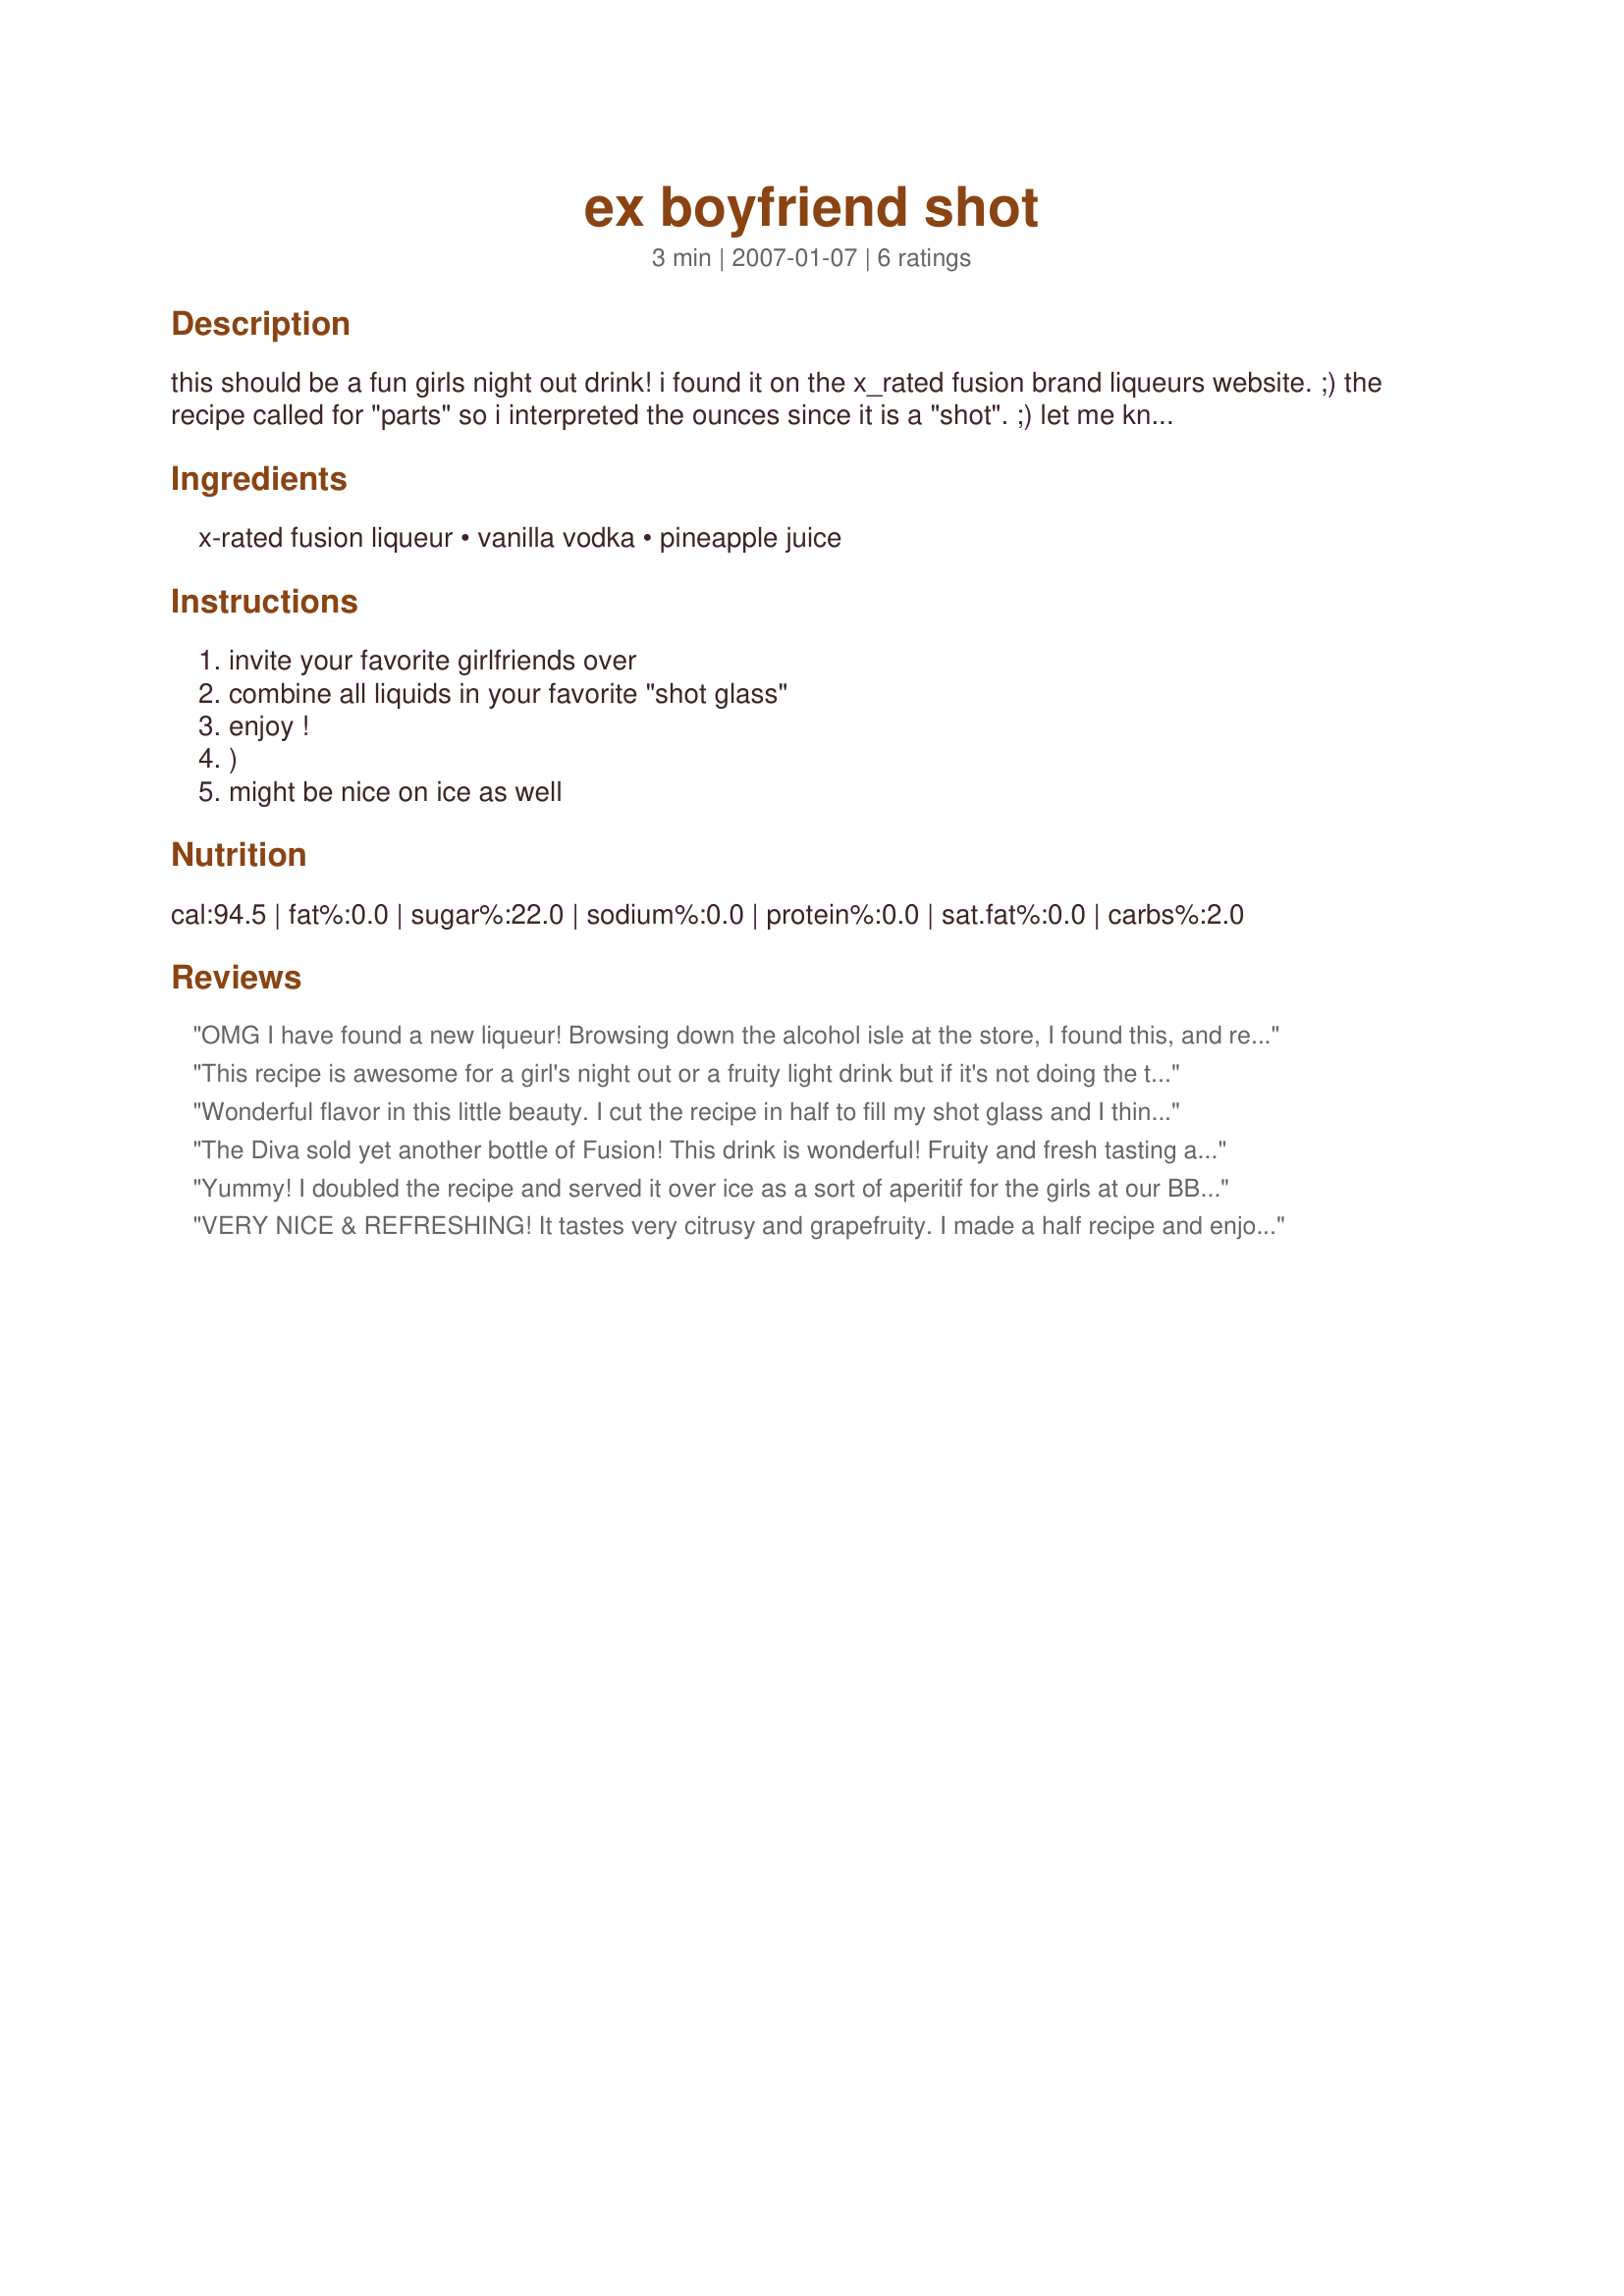
ex boyfriend shot
Preparation time: 3 minutes

this should be a fun girls night out drink! i found it on the x_rated fusion brand liqueurs website. ;) the recipe called for "parts" so i interpreted the ounces since it is a "shot". ;) let me know how it is if you try it before i do!! ***a twist on this from hamptons june 2006 calls this the "x-boyfriend martini" - 1.5 oz fusion and plain vodka in a shaker with the pineapple juice. serve with a twist of lime - lime garnish. sounds lovely too! ;) (***zwt3 - x-rated fusion is premium french vodka)

Ingredients:
x-rated fusion liqueur, vanilla vodka, pineapple juice

Steps:
invite your favorite girlfriends over
combine all liquids in your favorite "shot glass"
enjoy !
)
might be nice on ice as well

Reviews:
OMG I have found a new liqueur! Browsing down the alcohol isle at the store, I found this, and remembered you talking about it! I bought a bottle. and well let's just say it was REALLY good! I can't wait to share with my Friends. Thank you for sharing another great cocktail MommyD. Cheers ~V (i'd do this in person if we lived closer ;) Hugs. ~V
This recipe is awesome for a girl's night out or a fruity light drink but if it's not doing the trick you can go for the crazy ex boyfriend drink Which is 1oz Vodka,2oz. Orange juice and 1oz barcardi Rum. The crazy ex boyfriend recipe can also be used with the fusion as well in addition to the rest.
Wonderful flavor in this little beauty. I cut the recipe in half to fill my shot glass and I think next time I'll serve it over ice so that I can make it last longer. Gotta Love the X!
The Diva sold yet another bottle of Fusion! This drink is wonderful! Fruity and fresh tasting and not overly sweet! Thanks for the new drink sensation, Mommy! ;)
Yummy! I doubled the recipe and served it over ice as a sort of aperitif for the girls at our BBQ this afternoon. It really is far too tasty to be a shot. You want it to last longer. You just cannot go wrong with the fusion!! Thanks Mommy Diva. You should get a commission from the company!!
VERY NICE & REFRESHING! It tastes very citrusy and grapefruity. I made a half recipe and enjoyed it over crushed ice. Thanks for introducing me to the wonderful x-rated fusion liqueur!
